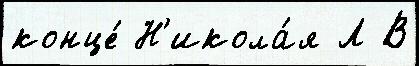
конце́ Н'икола́я Л В